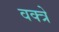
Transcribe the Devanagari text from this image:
वक्त्रे